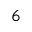
^ 6